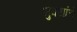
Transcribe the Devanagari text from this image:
भुवयांचे